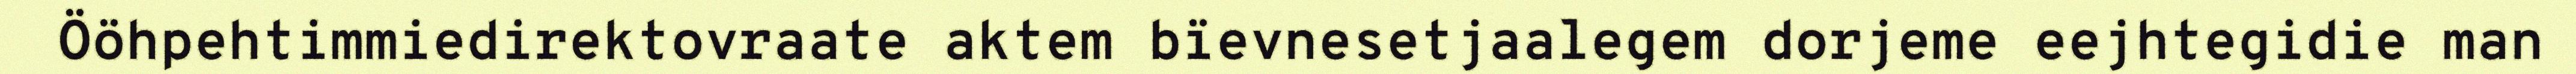
Ööhpehtimmiedirektovraate aktem bïevnesetjaalegem dorjeme eejhtegidie man